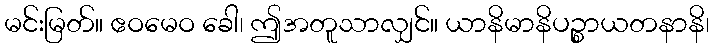
မင်းမြတ်။ ဧဝမေဝ ခေါ၊ ဤအတူသာလျှင်။ ယာနိမာနိပဉ္စာယတနာနိ၊